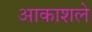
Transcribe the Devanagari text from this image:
आकाशले